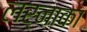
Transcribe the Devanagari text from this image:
लर्नाका